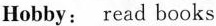
正确，书写工整、规范；